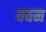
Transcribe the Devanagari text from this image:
ववन